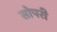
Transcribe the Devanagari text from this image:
सोपरी